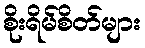
စိုးရိမ်စိတ်များ